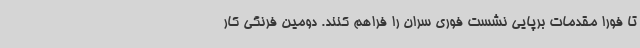
تا فورا مقدمات برپایی نشست فوری سران را فراهم کنند. دومین فرنگی کار